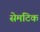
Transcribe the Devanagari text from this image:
सेमंटिक